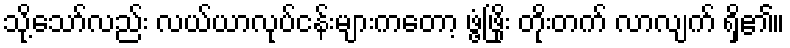
သို့သော်လည်း လယ်ယာလုပ်ငန်းများကတော့ ဖွံ့ဖြိုး တိုးတက် လာလျက် ရှိ၏။